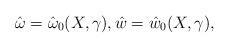
LaTeX: \begin{align*} \hat \omega= \hat \omega_0(X, \gamma), \hat w= \hat w_0(X, \gamma),\end{align*}